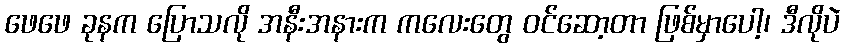
ဖေဖေ ခုနက ပြောသလို အနီးအနားက ကလေးတွေ ဝင်ဆော့တာ ဖြစ်မှာပေါ့၊ ဒီလိုပဲ